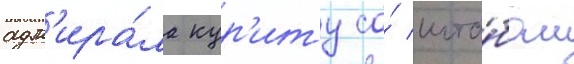
адм'ира́ла кур'иту со́ шта́бом